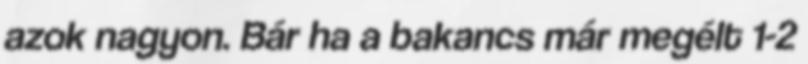
azok nagyon. Bár ha a bakancs már megélt 1-2